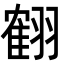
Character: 𦑱